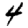
Digit: 4